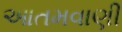
આતમવાણી